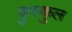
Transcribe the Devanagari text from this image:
कुरुकुल